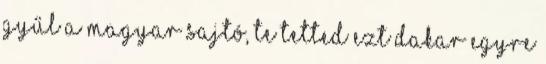
GYŰL A MAGYAR SAJTÓ, TE TETTED EZT DAKAR Egyre